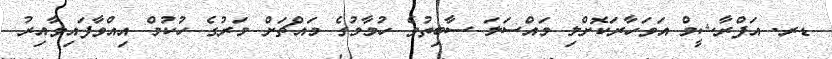
ޑރ. އަފްރާޝީމް އަވަހާރަކޮށްލި މައްސަލަ ސާބިތުވެ ހުމާމުގެ މައްޗަށް މަރުގެ ހުކުމް އިއްވާފައިވާއިރު